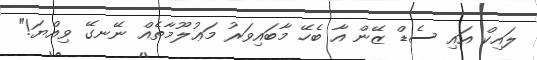
ލައިކް އައި ސެޑް ޒޭން އާ ބެހޭ މާބައިވަރު މަޢުލޫމާތެއް ނޭނގޭ ވިއްޔަ!"